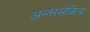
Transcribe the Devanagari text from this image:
अन्तरसंक्रिय